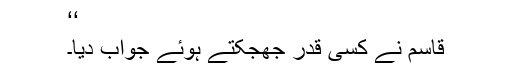
‘‘
قاسم نے کسی قدر جھجکتے ہوئے جواب دیا۔